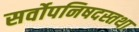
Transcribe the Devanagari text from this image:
सर्वोपनिषदस्तथा